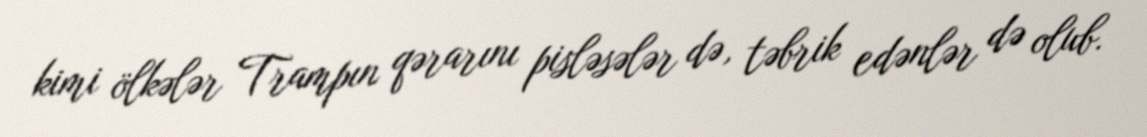
kimi ölkələr Trampın qərarını pisləsələr də, təbrik edənlər də olub.